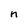
Character: n